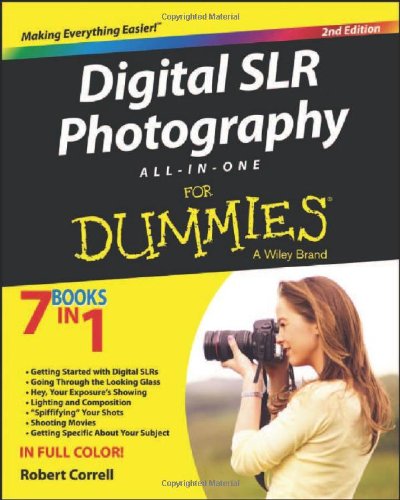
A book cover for Digital SLR Photography All-in-One For Dummies; Robert Correll; Arts & Photography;